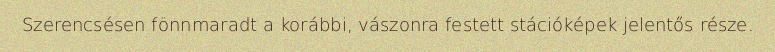
Szerencsésen fönnmaradt a korábbi, vászonra festett stációképek jelentős része.